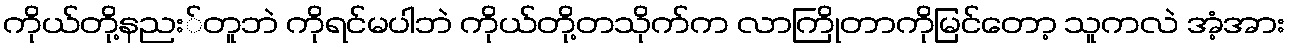
ကိုယ်တို့နညး်တူဘဲ ကိုရင်မပါဘဲ ကိုယ်တို့တသိုက်က လာကြိုတာကိုမြင်တော့ သူကလဲ အံ့အား